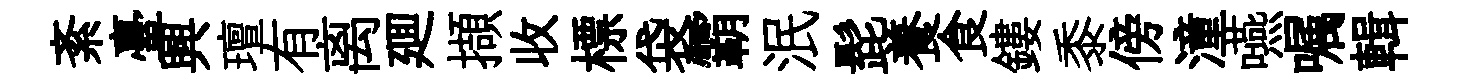
紊臺興璮有离廽擷收標袋霸泯髭養食鏤黍傍潼嚥嘱輯